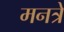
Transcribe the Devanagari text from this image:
मनत्रे